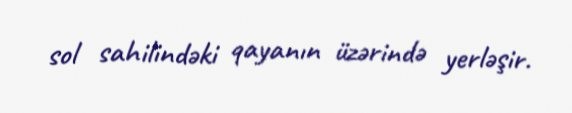
sol sahilindəki qayanın üzərində yerləşir.